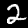
Digit: 2